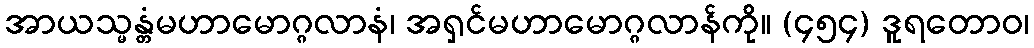
အာယသ္မန္တံမဟာမောဂ္ဂလာနံ၊ အရှင်မဟာမောဂ္ဂလာန်ကို။ (၄၅၄) ဒူရတောဝ၊